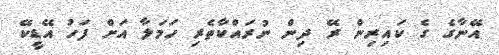
އޭނާގެ ގެ ކައިރިން ރޭ ދިން ނުރައްކާތެރި ހަމަލާ އަށް ފަހު އޭޑީކޭ